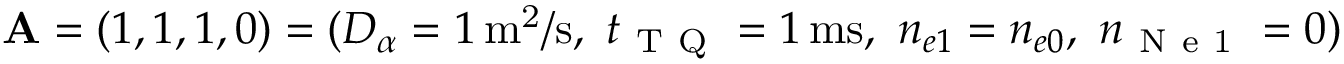
\mathbf { A } = ( 1 , 1 , 1 , 0 ) = ( D _ { \alpha } = 1 \ensuremath { \, \mathrm { m ^ { 2 } / s } } , ~ t _ { \mathrm { ~ T ~ Q ~ } } = 1 \ensuremath { \, \mathrm { m s } } , ~ n _ { e 1 } = n _ { e 0 } , ~ n _ { \mathrm { ~ N ~ e ~ 1 ~ } } = 0 )